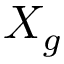
X _ { g }